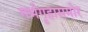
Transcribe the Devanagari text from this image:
गर्भगृहासमोर